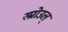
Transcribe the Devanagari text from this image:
स्प्रोउल्